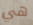
هي